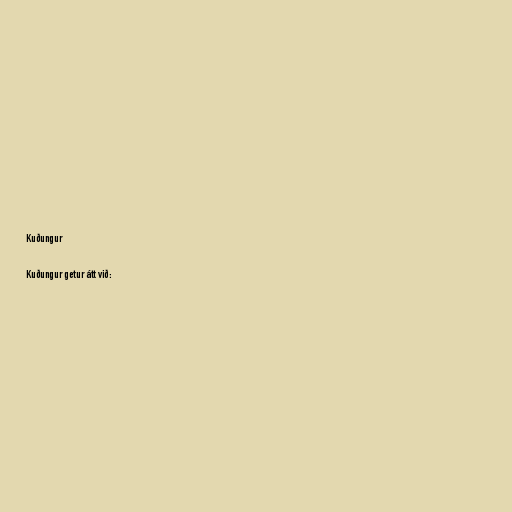
Kuðungur

Kuðungur getur átt við: